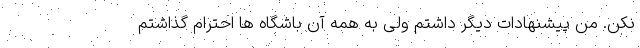
نکن. من پیشنهادات دیگر داشتم ولی به همه آن باشگاه ها احترام گذاشتم